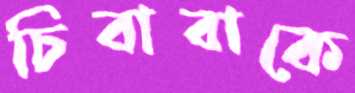
চিবাবাকে